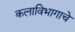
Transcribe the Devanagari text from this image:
कलाविभागाचे